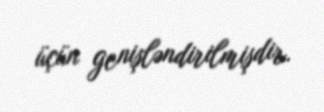
üçün genişləndirilmişdir.